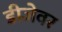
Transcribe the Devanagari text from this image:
डीजेवर